Annual report of the Punjab Veterinary College and of the Civil Veterinary Department, Punjab - 1926-1932
Year: 1926
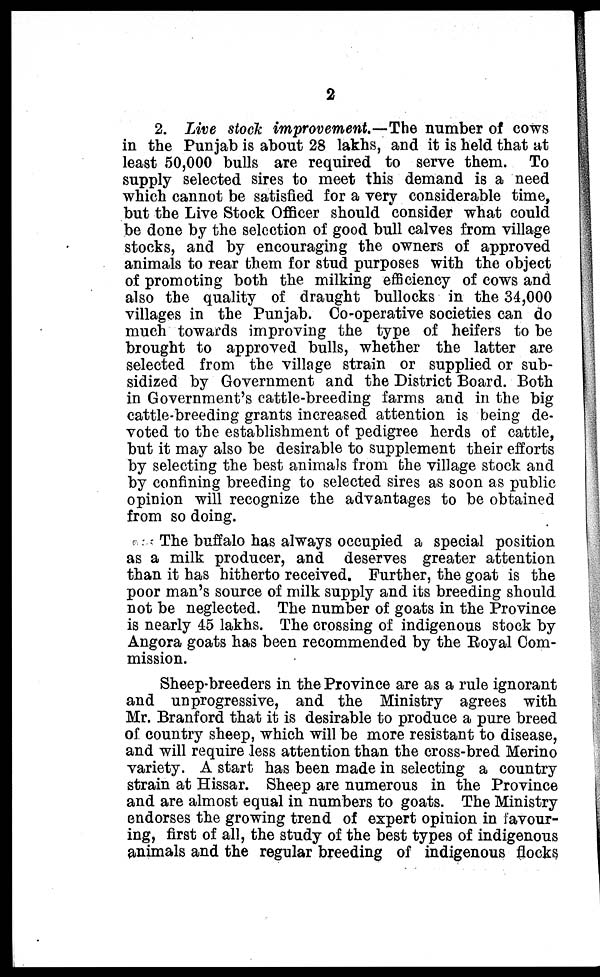
2
2. Live stock improvement.—The number of cows
in the Punjab is about 28 lakhs, and it is held that at
least 50,000 bulls are required to serve them. To
supply selected sires to meet this demand is a need
which cannot be satisfied for a very considerable time,
but the Live Stock Officer should consider what could
be done by the selection of good bull calves from village
stocks, and by encouraging the owners of approved
animals to rear them for stud purposes with the object
of promoting both the milking efficiency of cows and
also the quality of draught bullocks in the 34,000
villages in the Punjab. Co-operative societies can do
much towards improving the type of heifers to be
brought to approved bulls, whether the latter are
selected from the village strain or supplied or sub-
sidized by Government and the District Board. Both
in Government's cattle-breeding farms and in the big
cattle-breeding grants increased attention is being de-
voted to the establishment of pedigree herds of cattle,
but it may also be desirable to supplement their efforts
by selecting the best animals from the village stock and
by confining breeding to selected sires as soon as public
opinion will recognize the advantages to be obtained
from so doing.
The buffalo has always occupied a special position
as a milk producer, and deserves greater attention
than it has hitherto received. Further, the goat is the
poor man's source of milk supply and its breeding should
not be neglected. The number of goats in the Province
is nearly 45 lakhs. The crossing of indigenous stock by
Angora goats has been recommended by the Royal Com-
mission.
Sheep-breeders in the Province are as a rule ignorant
and unprogressive, and the Ministry agrees with
Mr. Branford that it is desirable to produce a pure breed
of country sheep, which will be more resistant to disease,
and will require less attention than the cross-bred Merino
variety. A start has been made in selecting a country
strain at Hissar. Sheep are numerous in the Province
and are almost equal in numbers to goats. The Ministry
endorses the growing trend of expert opinion in favour-
ing, first of all, the study of the best types of indigenous
animals and the regular breeding of indigenous flocks